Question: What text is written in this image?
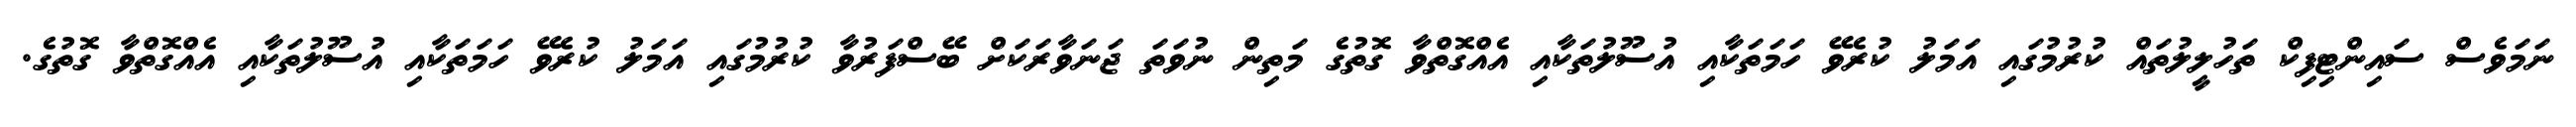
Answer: ނަމަވެސް ސައިންޓިފިކް ތަހުލީލުތައް ކުރުމުގައި އަމަލު ކުރެވޭ ހަމަތަކާއި އުސޫލުތަކާއި އެއްގޮތްވާ ގޮތުގެ މަތިން ނުވަތަ ޖަނަވާރަކަށް ބޭސްފަރުވާ ކުރުމުގައި އަމަލު ކުރެވޭ ހަމަތަކާއި އުސޫލުތަކާއި އެއްގޮތްވާ ގޮތުގެ.